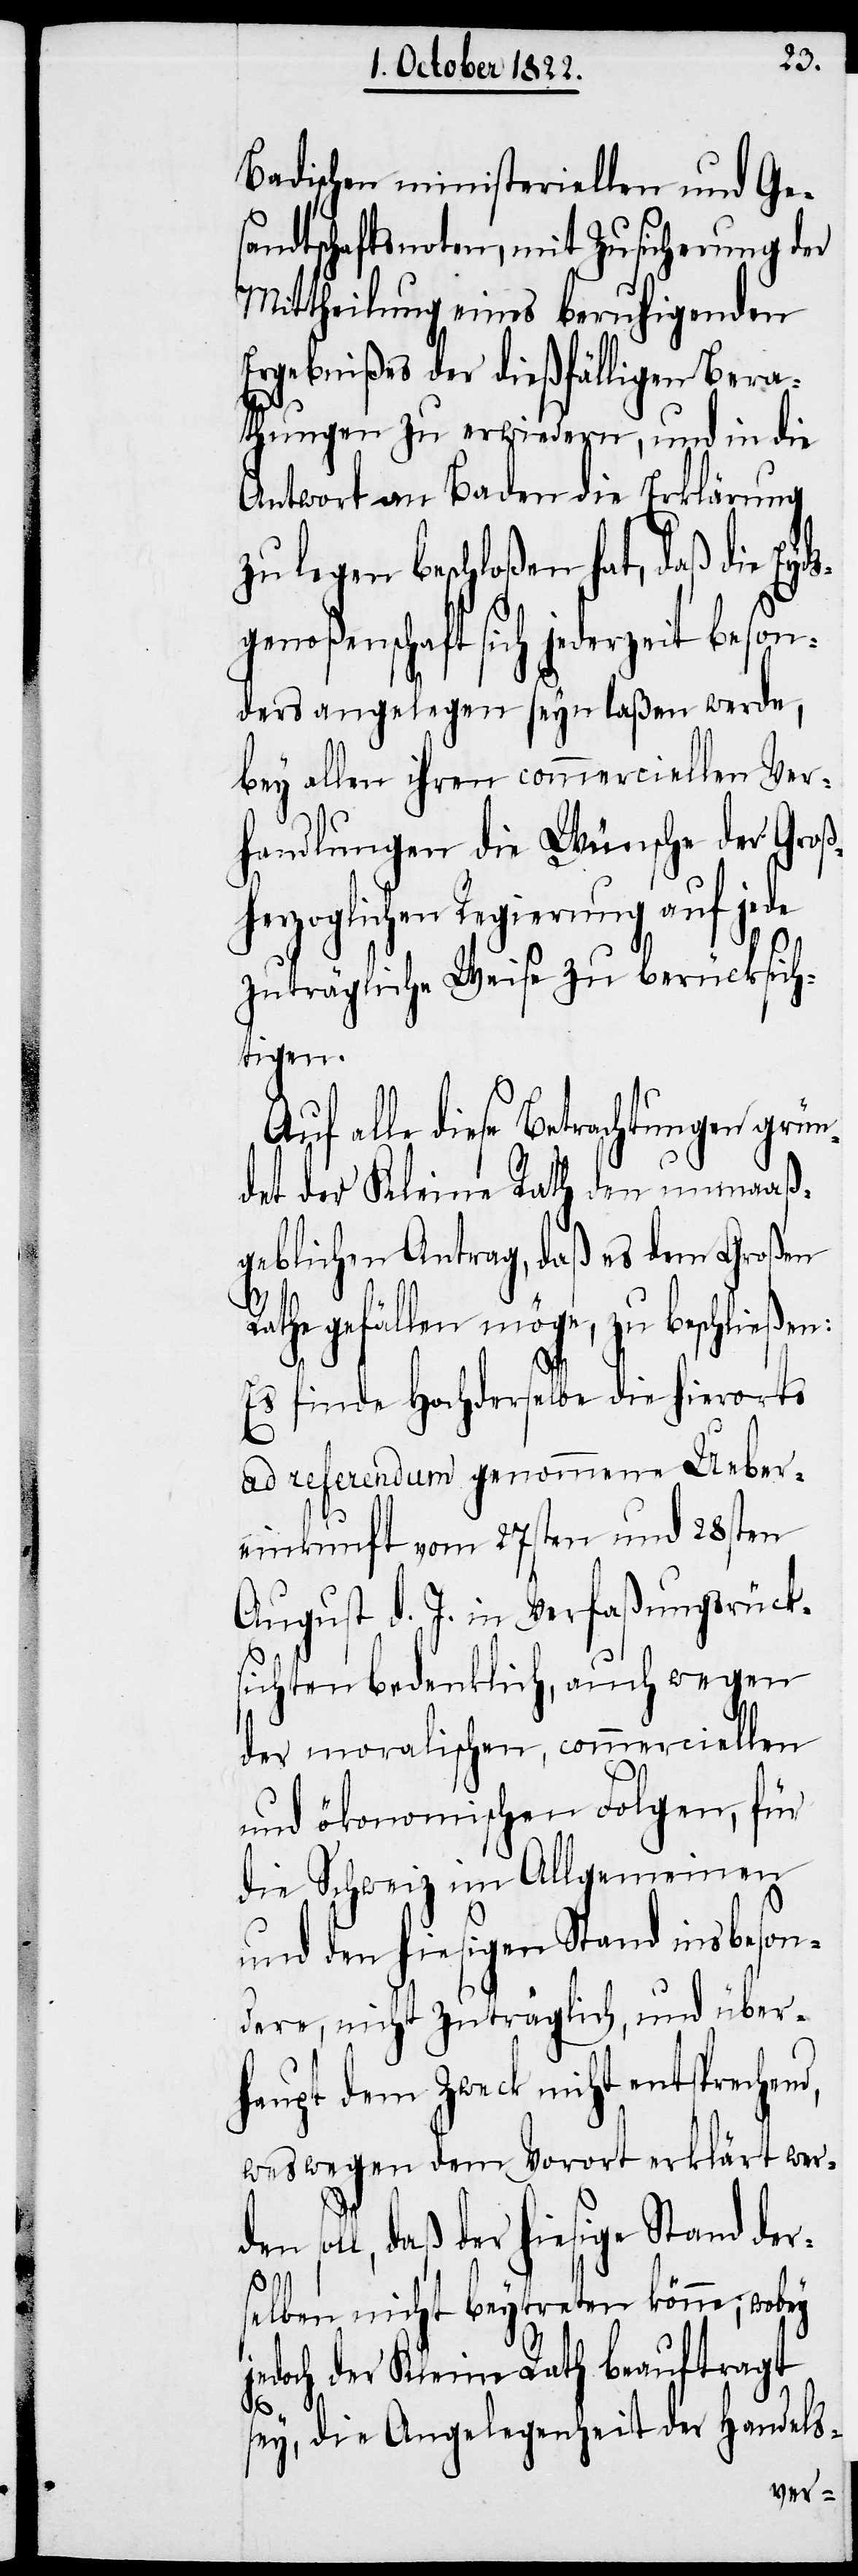
Badischen ministeriellen und Ge¬
sandtschaftsnoten, mit Zusicherung der
Mittheilung eines beruhigenden
Ergebnißes der dießfälligen Bera¬
thungen zu erwiedern, und in die
Antwort an Baden die Erklärung
legen beschloßen hat, daß die Ey¬
genoßenschaft sich jederzeit beson¬
ders angelegen seyn laßen werde,
bey allen ihren commerciellen Ver¬
handlungen die Wünsche der Groß¬
herzoglichen Regierung auf jede
zuträgliche Weise zu berücksich¬
tigen.
Auf alle diese Betrachtungen grün¬
det der Kleine Rath den unmaaß¬
geblichen Antrag, daß es dem Großen
d,
Rathe gefällen [sic!] möge, zu beschließen:
Es finde Hochderselbe die hierorts
ad referendum genommene Ueber¬
einkunft vom 27sten und 28sten
August d. J. in Verfaßungsrück¬
sichten bedenklich, auch wegen
der moralischen, commerciellen
und ökonomischen Folgen, für
die Schweiz im Allgemeinen
und den hiesigen Stand insbeson¬
dere, nicht zuträglich, und über¬
haupt dem Zweck nicht entsprechen¬
weswegen dem Vorort erklärt wer¬
den
soll, daß der hiesige Stand ders¬
elben nicht beytreten könne; wobey
jedoch der Kleine Rath beauftragt
sey, die Angelegenheit der Handels-